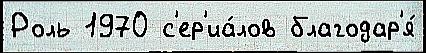
Роль 1970 с'ер'иа́лов благодар'я́